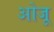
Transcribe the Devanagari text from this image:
ओजू